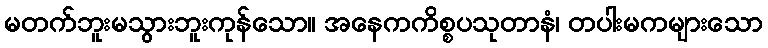
မတက်ဘူးမသွားဘူးကုန်သော။ အနေကကိစ္စပသုတာနံ၊ တပါးမကများသော